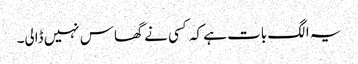
یہ الگ بات ہے کہ کسی نے گھاس نہیں ڈالی۔